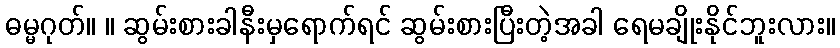
ဓမ္မဂုတ်။ ။ ဆွမ်းစားခါနီးမှရောက်ရင် ဆွမ်းစားပြီးတဲ့အခါ ရေမချိုးနိုင်ဘူးလား။